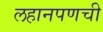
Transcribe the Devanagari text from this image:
लहानपणची